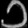
Digit: ၁